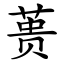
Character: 蒉